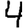
Digit: 4